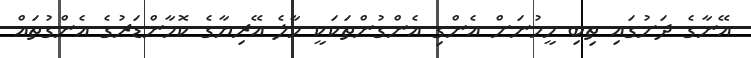
އޭނާގެ ދަށުގައި ތިބި މީހުނަށް އެންގި އެންގުންތަކަކީ މާލެ އޭރިޔާގެ ކޮމާންޑަރުގެ އެންގުތައް